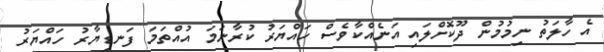
އެ ހާލަތު ނިމުމުން ދޫކޮށްލައި އަނެއްކާވެސް ހައްޔަރު ކުރާނަމަ އުއްތަމަ ފަނޑިޔާރު ހައްޔަރު